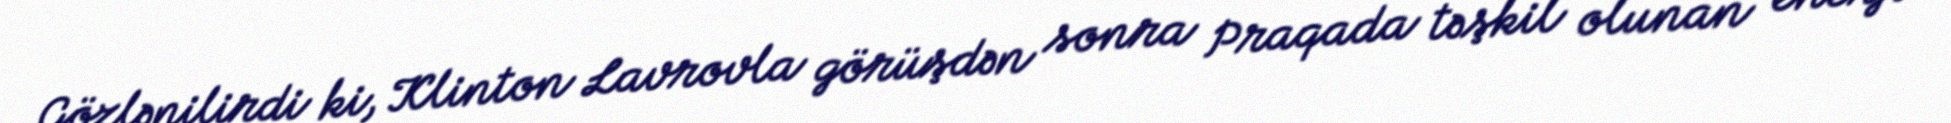
Gözlənilirdi ki, Klinton Lavrovla görüşdən sonra Praqada təşkil olunan enerji